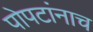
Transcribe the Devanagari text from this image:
पोपटांनाच